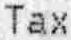
TAX